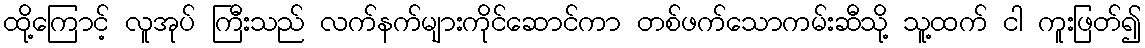
ထို့ကြောင့် လူအုပ် ကြီးသည် လက်နက်များကိုင်ဆောင်ကာ တစ်ဖက်သောကမ်းဆီသို့ သူ့ထက် ငါ ကူးဖြတ်၍